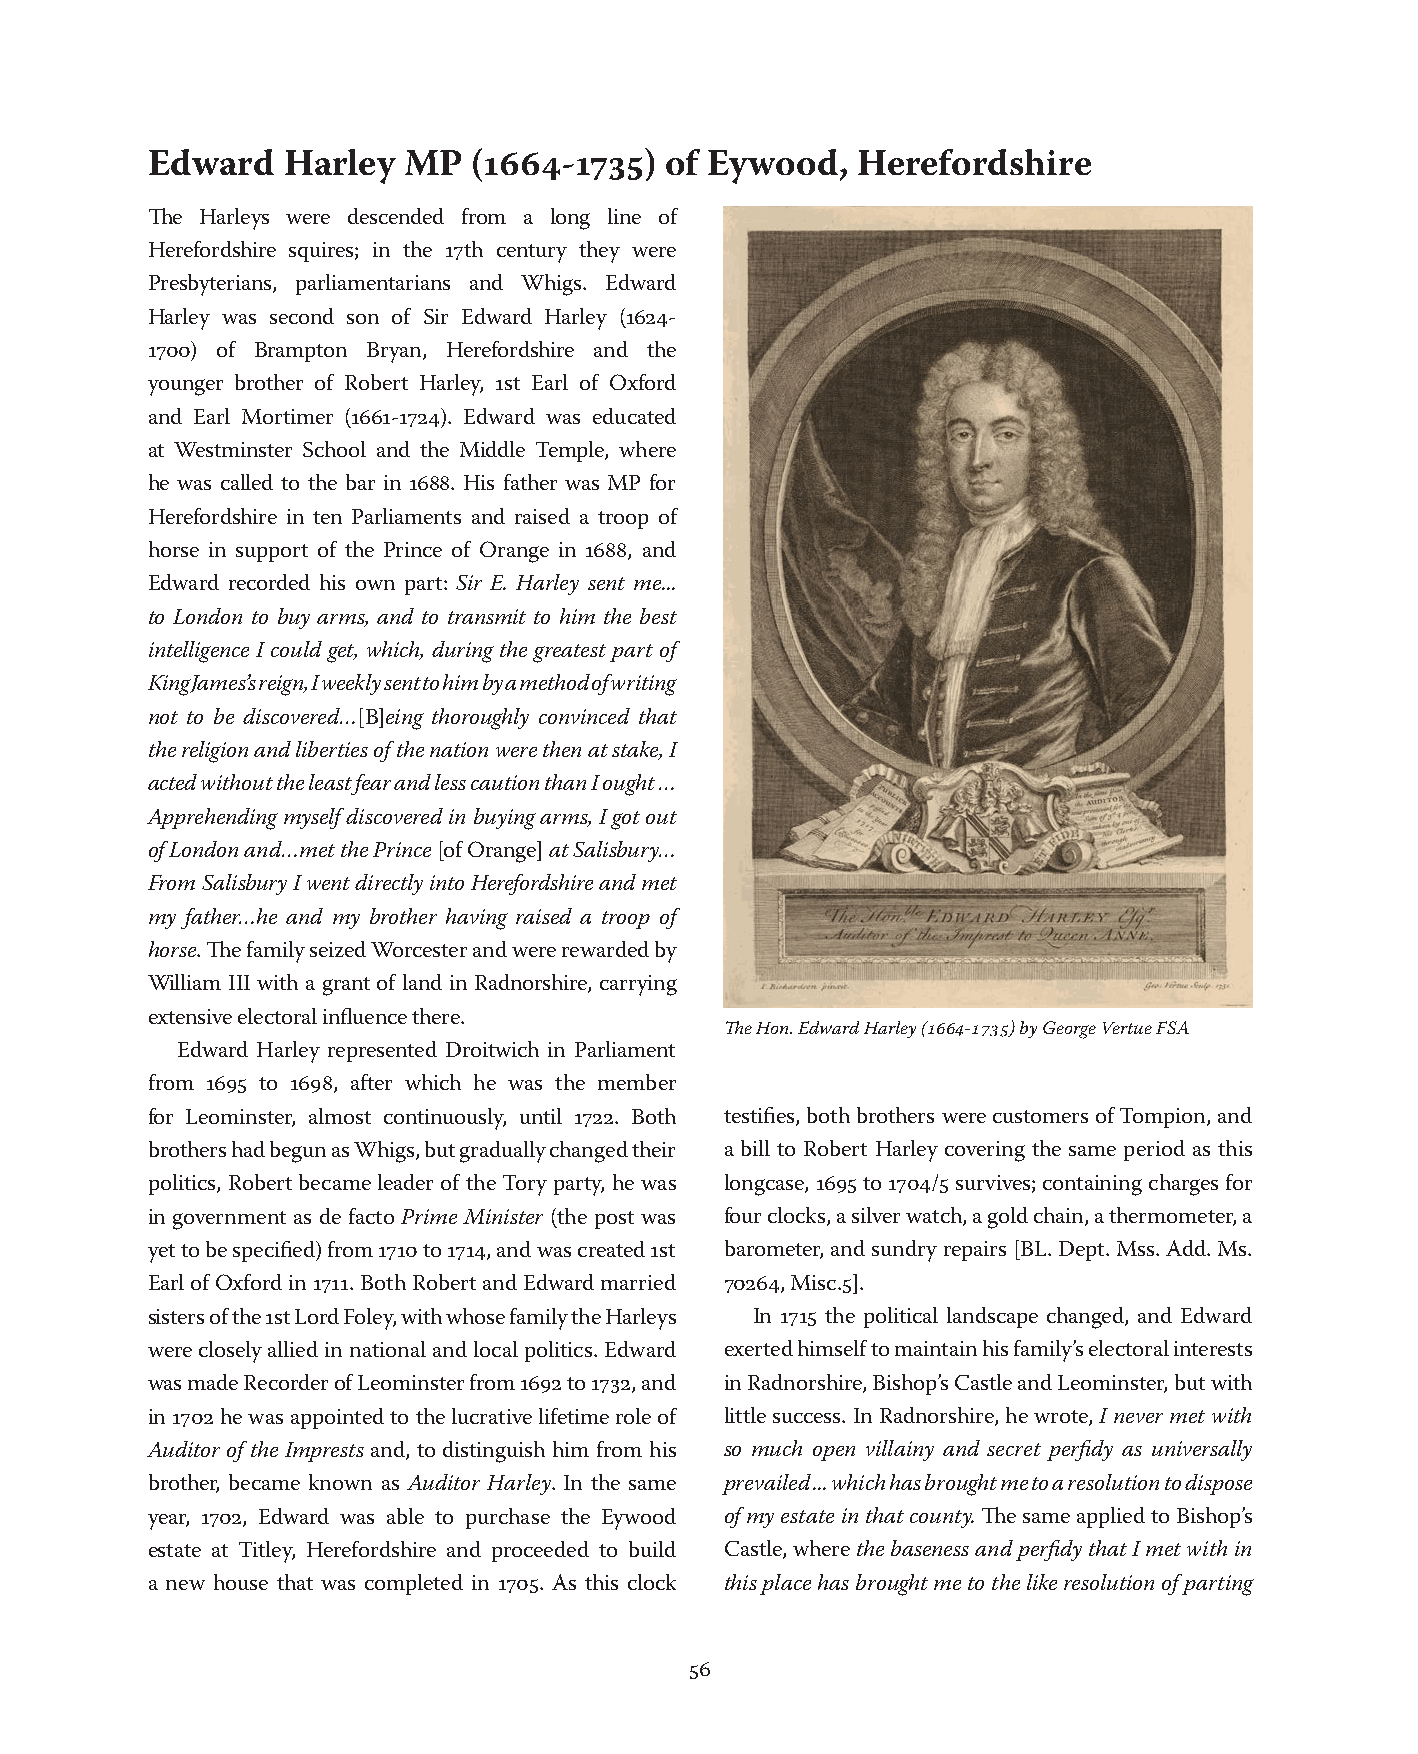
Edward   Harley  MP  (1664-1735)  of Eywood,   Herefordshire
 The Harleys were descended from a long line of
 Herefordshire squires; in the 17th century they were
 Presbyterians, parliamentarians and Whigs. Edward
 Harley was second son of Sir Edward Harley (1624-
 1700) of Brampton Bryan, Herefordshire and the
 younger brother of Robert Harley, 1st Earl of Oxford
 and Earl Mortimer (1661-1724). Edward was educated
 at Westminster School and the Middle Temple, where
 he was called to the bar in 1688. His father was MP for
 Herefordshire in ten Parliaments and raised a troop of
 horse in support of the Prince of Orange in 1688, and
 Edward recorded his own part: Sir E. Harley sent me...
 to London to buy arms, and to transmit to him the best
 intelligence I could get, which, during the greatest part of
 King James’s reign, I weekly sent to him by a method of writing
 not to be discovered…[B]eing thoroughly convinced that
 the religion and liberties of the nation were then at stake, I
 acted without the least fear and less caution than I ought …
 Apprehending myself discovered in buying arms, I got out
 of London and…met the Prince [of Orange] at Salisbury…
 From Salisbury I went directly into Herefordshire and met
 my father…he and my brother having raised a troop of
 horse. The family seized Worcester and were rewarded by
 William III with a grant of land in Radnorshire, carrying
 extensive electoral influence there.
 The Hon. Edward Harley (1664-1735) by George Vertue FSA
 Edward Harley represented Droitwich in Parliament
 from 1695 to 1698, after which he was the member
 for Leominster, almost continuously, until 1722. Both testifies, both brothers were customers of Tompion, and
 brothers had begun as Whigs, but gradually changed their a bill to Robert Harley covering the same period as this
 politics, Robert became leader of the Tory party, he was longcase, 1695 to 1704/5 survives; containing charges for
 in government as de facto Prime Minister (the post was four clocks, a silver watch, a gold chain, a thermometer, a
 yet to be specified) from 1710 to 1714, and was created 1st barometer, and sundry repairs [BL. Dept. Mss. Add. Ms.
 Earl of Oxford in 1711. Both Robert and Edward married 70264, Misc.5].
 sisters of the 1st Lord Foley, with whose family the Harleys In 1715 the political landscape changed, and Edward
 were closely allied in national and local politics. Edward exerted himself to maintain his family’s electoral interests
 was made Recorder of Leominster from 1692 to 1732, and in Radnorshire, Bishop’s Castle and Leominster, but with
 in 1702 he was appointed to the lucrative lifetime role of little success. In Radnorshire, he wrote, I never met with
 Auditor of the Imprests and, to distinguish him from his so much open villainy and secret perfidy as universally
 brother, became known as Auditor Harley. In the same prevailed ... which has brought me to a resolution to dispose
 year, 1702, Edward was able to purchase the Eywood of my estate in that county. The same applied to Bishop’s
 estate at Titley, Herefordshire and proceeded to build Castle, where the baseness and perfidy that I met with in
 a new house that was completed in 1705. As this clock this place has brought me to the like resolution of parting
 56